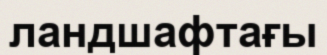
ландшафтағы